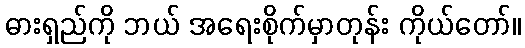
ဓားရှည်ကို ဘယ် အရေးစိုက်မှာတုန်း ကိုယ်တော်။